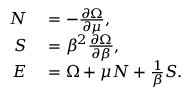
\begin{array} { r l } { N } & { { } = - \frac { \partial \Omega } { \partial \mu } , } \\ { S } & { { } = \beta ^ { 2 } \frac { \partial \Omega } { \partial \beta } , } \\ { E } & { { } = \Omega + \mu N + \frac { 1 } { \beta } S . } \end{array}